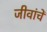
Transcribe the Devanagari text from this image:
जीवांचें